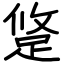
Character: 跾